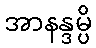
အာနန္ဒမ္ပိ